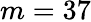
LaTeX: m=37